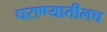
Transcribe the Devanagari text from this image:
घराण्यातीलच